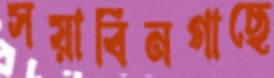
সয়াবিনগাছে